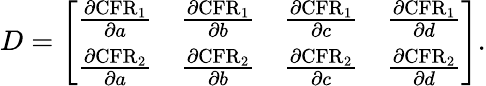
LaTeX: \begin{array}{r}{D=\left[\begin{array}{llll}{\frac{\partial\textrm{CFR}_{1}}{\partial a}}&{\frac{\partial\textrm{CFR}_{1}}{\partial b}}&{\frac{\partial\textrm{CFR}_{1}}{\partial c}}&{\frac{\partial\textrm{CFR}_{1}}{\partial d}}\\ {\frac{\partial\textrm{CFR}_{2}}{\partial a}}&{\frac{\partial\textrm{CFR}_{2}}{\partial b}}&{\frac{\partial\textrm{CFR}_{2}}{\partial c}}&{\frac{\partial\textrm{CFR}_{2}}{\partial d}}\end{array}\right].}\end{array}